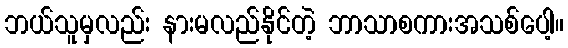
ဘယ်သူမှလည်း နားမလည်နိုင်တဲ့ ဘာသာစကားအသစ်ပေါ့။